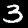
Digit: 3